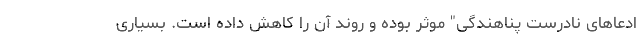
ادعاهای نادرست پناهندگی" موثر بوده و روند آن را کاهش داده است. بسیاری